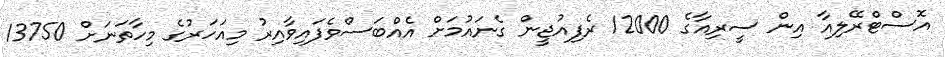
އޮސްޓްރޭލިއާ އިން ސީރިއާގެ 12000 ރެފިއުޖީން ގެނައުމަށް އެއްބަސްވެފައިވާއިރު މިއަހަރުގެ މިހާތަނަށް 13750